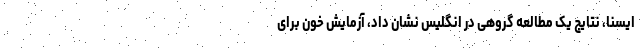
ایسنا، نتایج یک مطالعه گروهی در انگلیس نشان داد، آزمایش خون برای